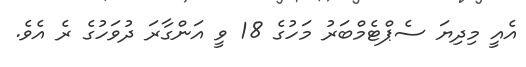
އެއީ މިދިޔަ ސެޕްޓެމްބަރު މަހުގެ 18 ވީ އަންގާރަ ދުވަހުގެ ރެ އެވެ.